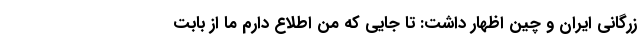
زرگانی ایران و چین اظهار داشت: تا جایی که من اطلاع دارم ما از بابت